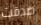
صدقت